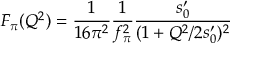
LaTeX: F _ { \pi } ( Q ^ { 2 } ) = \frac { 1 } { 1 6 \pi ^ { 2 } } \frac { 1 } { f _ { \pi } ^ { 2 } } \frac { s _ { 0 } ^ { \prime } } { ( 1 + Q ^ { 2 } / 2 s _ { 0 } ^ { \prime } ) ^ { 2 } }